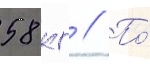
58 кг // По́